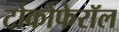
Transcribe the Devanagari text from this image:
टोकोफेरॉल